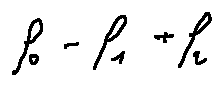
f _ { 0 } - f _ { 1 } + f _ { 2 }